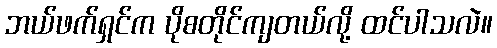
ဘယ်ဖက်ရှင်က ပိုစတိုင်ကျတယ်လို့ ထင်ပါသလဲ။